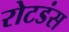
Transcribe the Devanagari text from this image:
रोटडंस